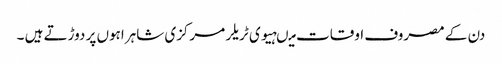
دن کے مصروف اوقات میںہیوی ٹریلر مرکزی شاہراہوں پر دوڑتے ہیں ۔